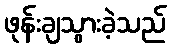
ဖုန်းချသွားခဲ့သည်